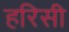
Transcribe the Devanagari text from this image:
हरिसी